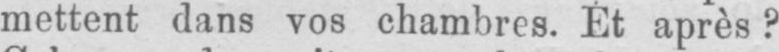
mettent dans vos chambres. Et après?